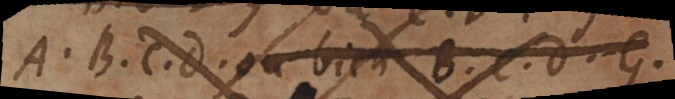
A, B, C, D, ou bien B, C, D, G,